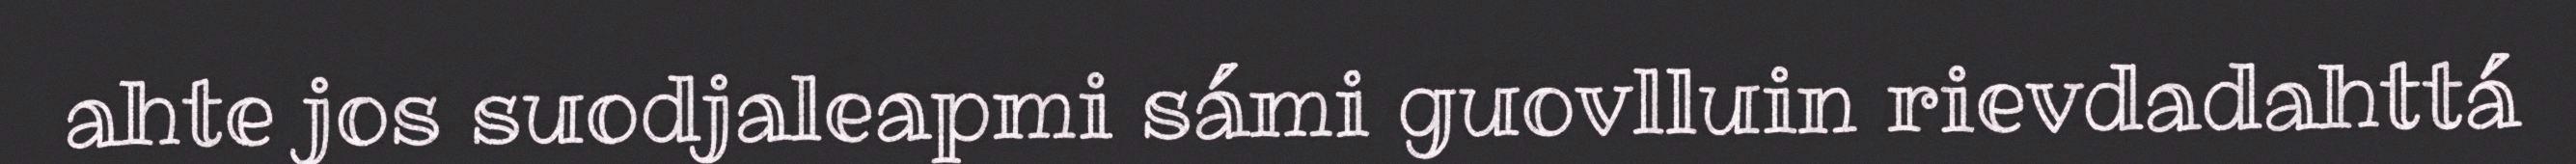
ahte jos suodjaleapmi sámi guovlluin rievdadahttá